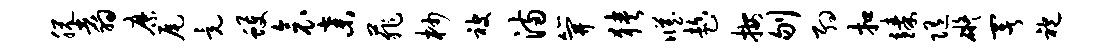
脱翥縻尾竟蠖衾弃菲杪被满笄狭臧趁按刎约扣臻随碍署袍